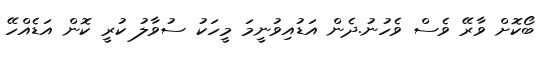
ބޯކޮށް ވާރޭ ވެސް ވެހުނު.ދެން އަޑުއިވުނީމަ މީހަކު ސުވާލު ކުރީ ކޮން އަޑެއްހޭ